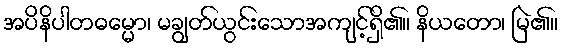
အပိနိပါတဓမ္မော၊ မချွတ်ယွင်းသောအကျင့်ရှိ၏။ နိယတော၊ မြဲ၏။